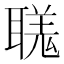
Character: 𦗅